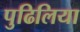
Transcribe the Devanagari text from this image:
पुढिलिया